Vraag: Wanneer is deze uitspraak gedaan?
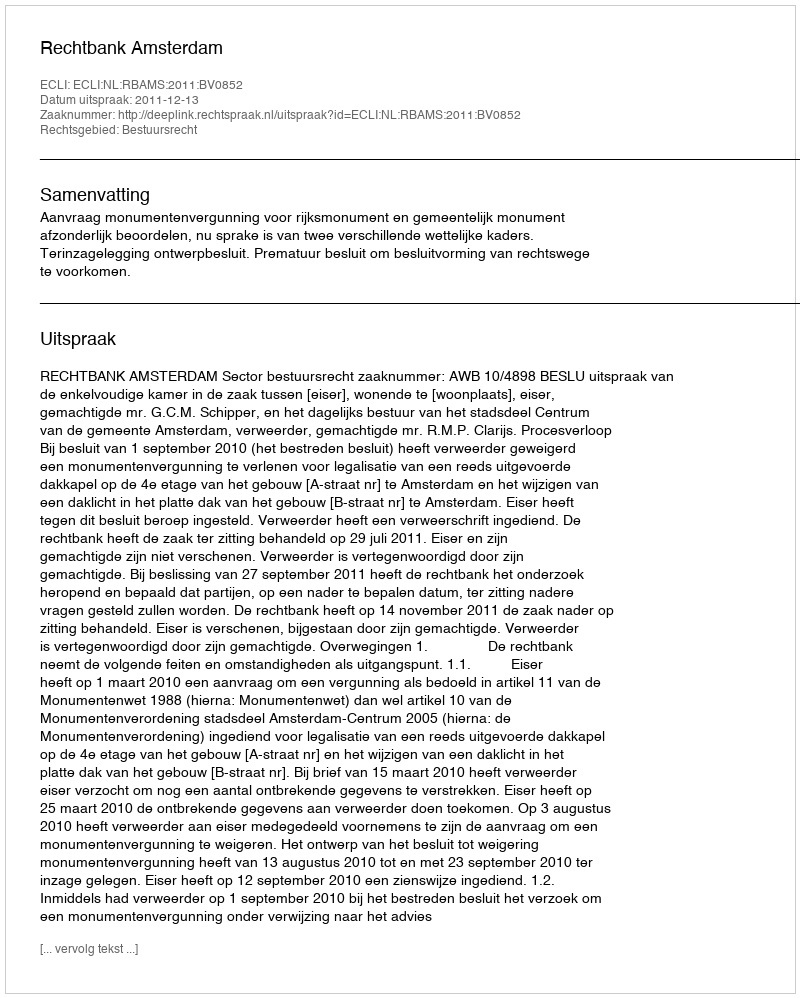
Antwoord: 2011-12-13